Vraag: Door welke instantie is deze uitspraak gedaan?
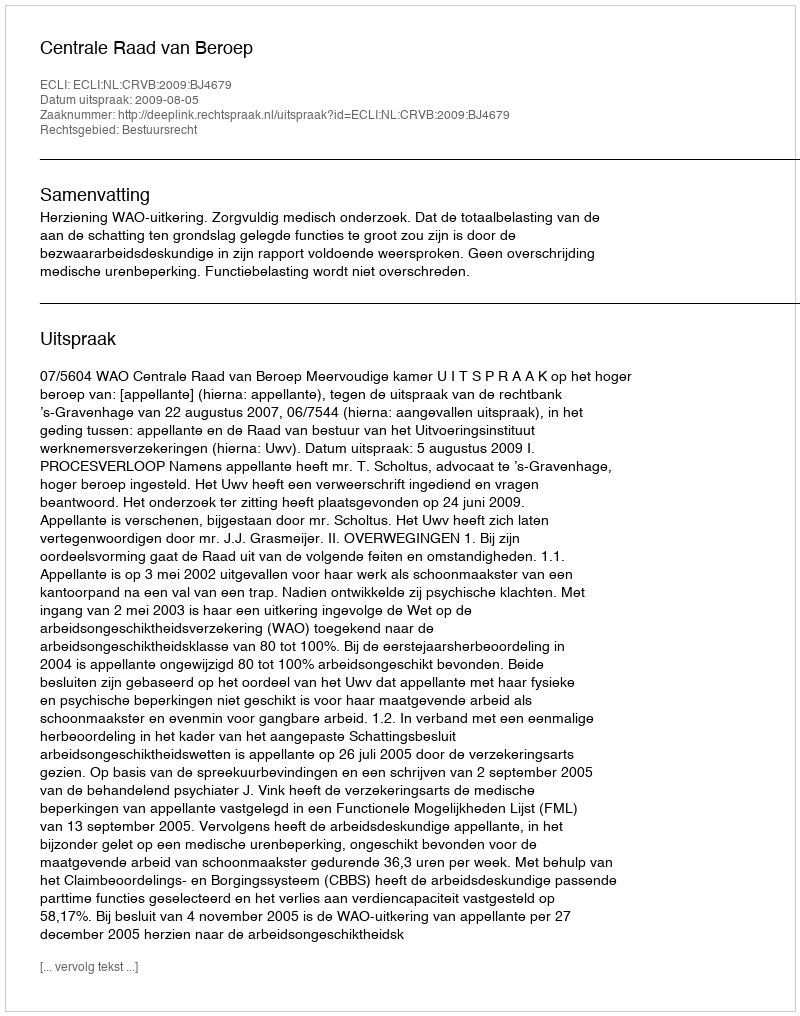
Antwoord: Centrale Raad van Beroep